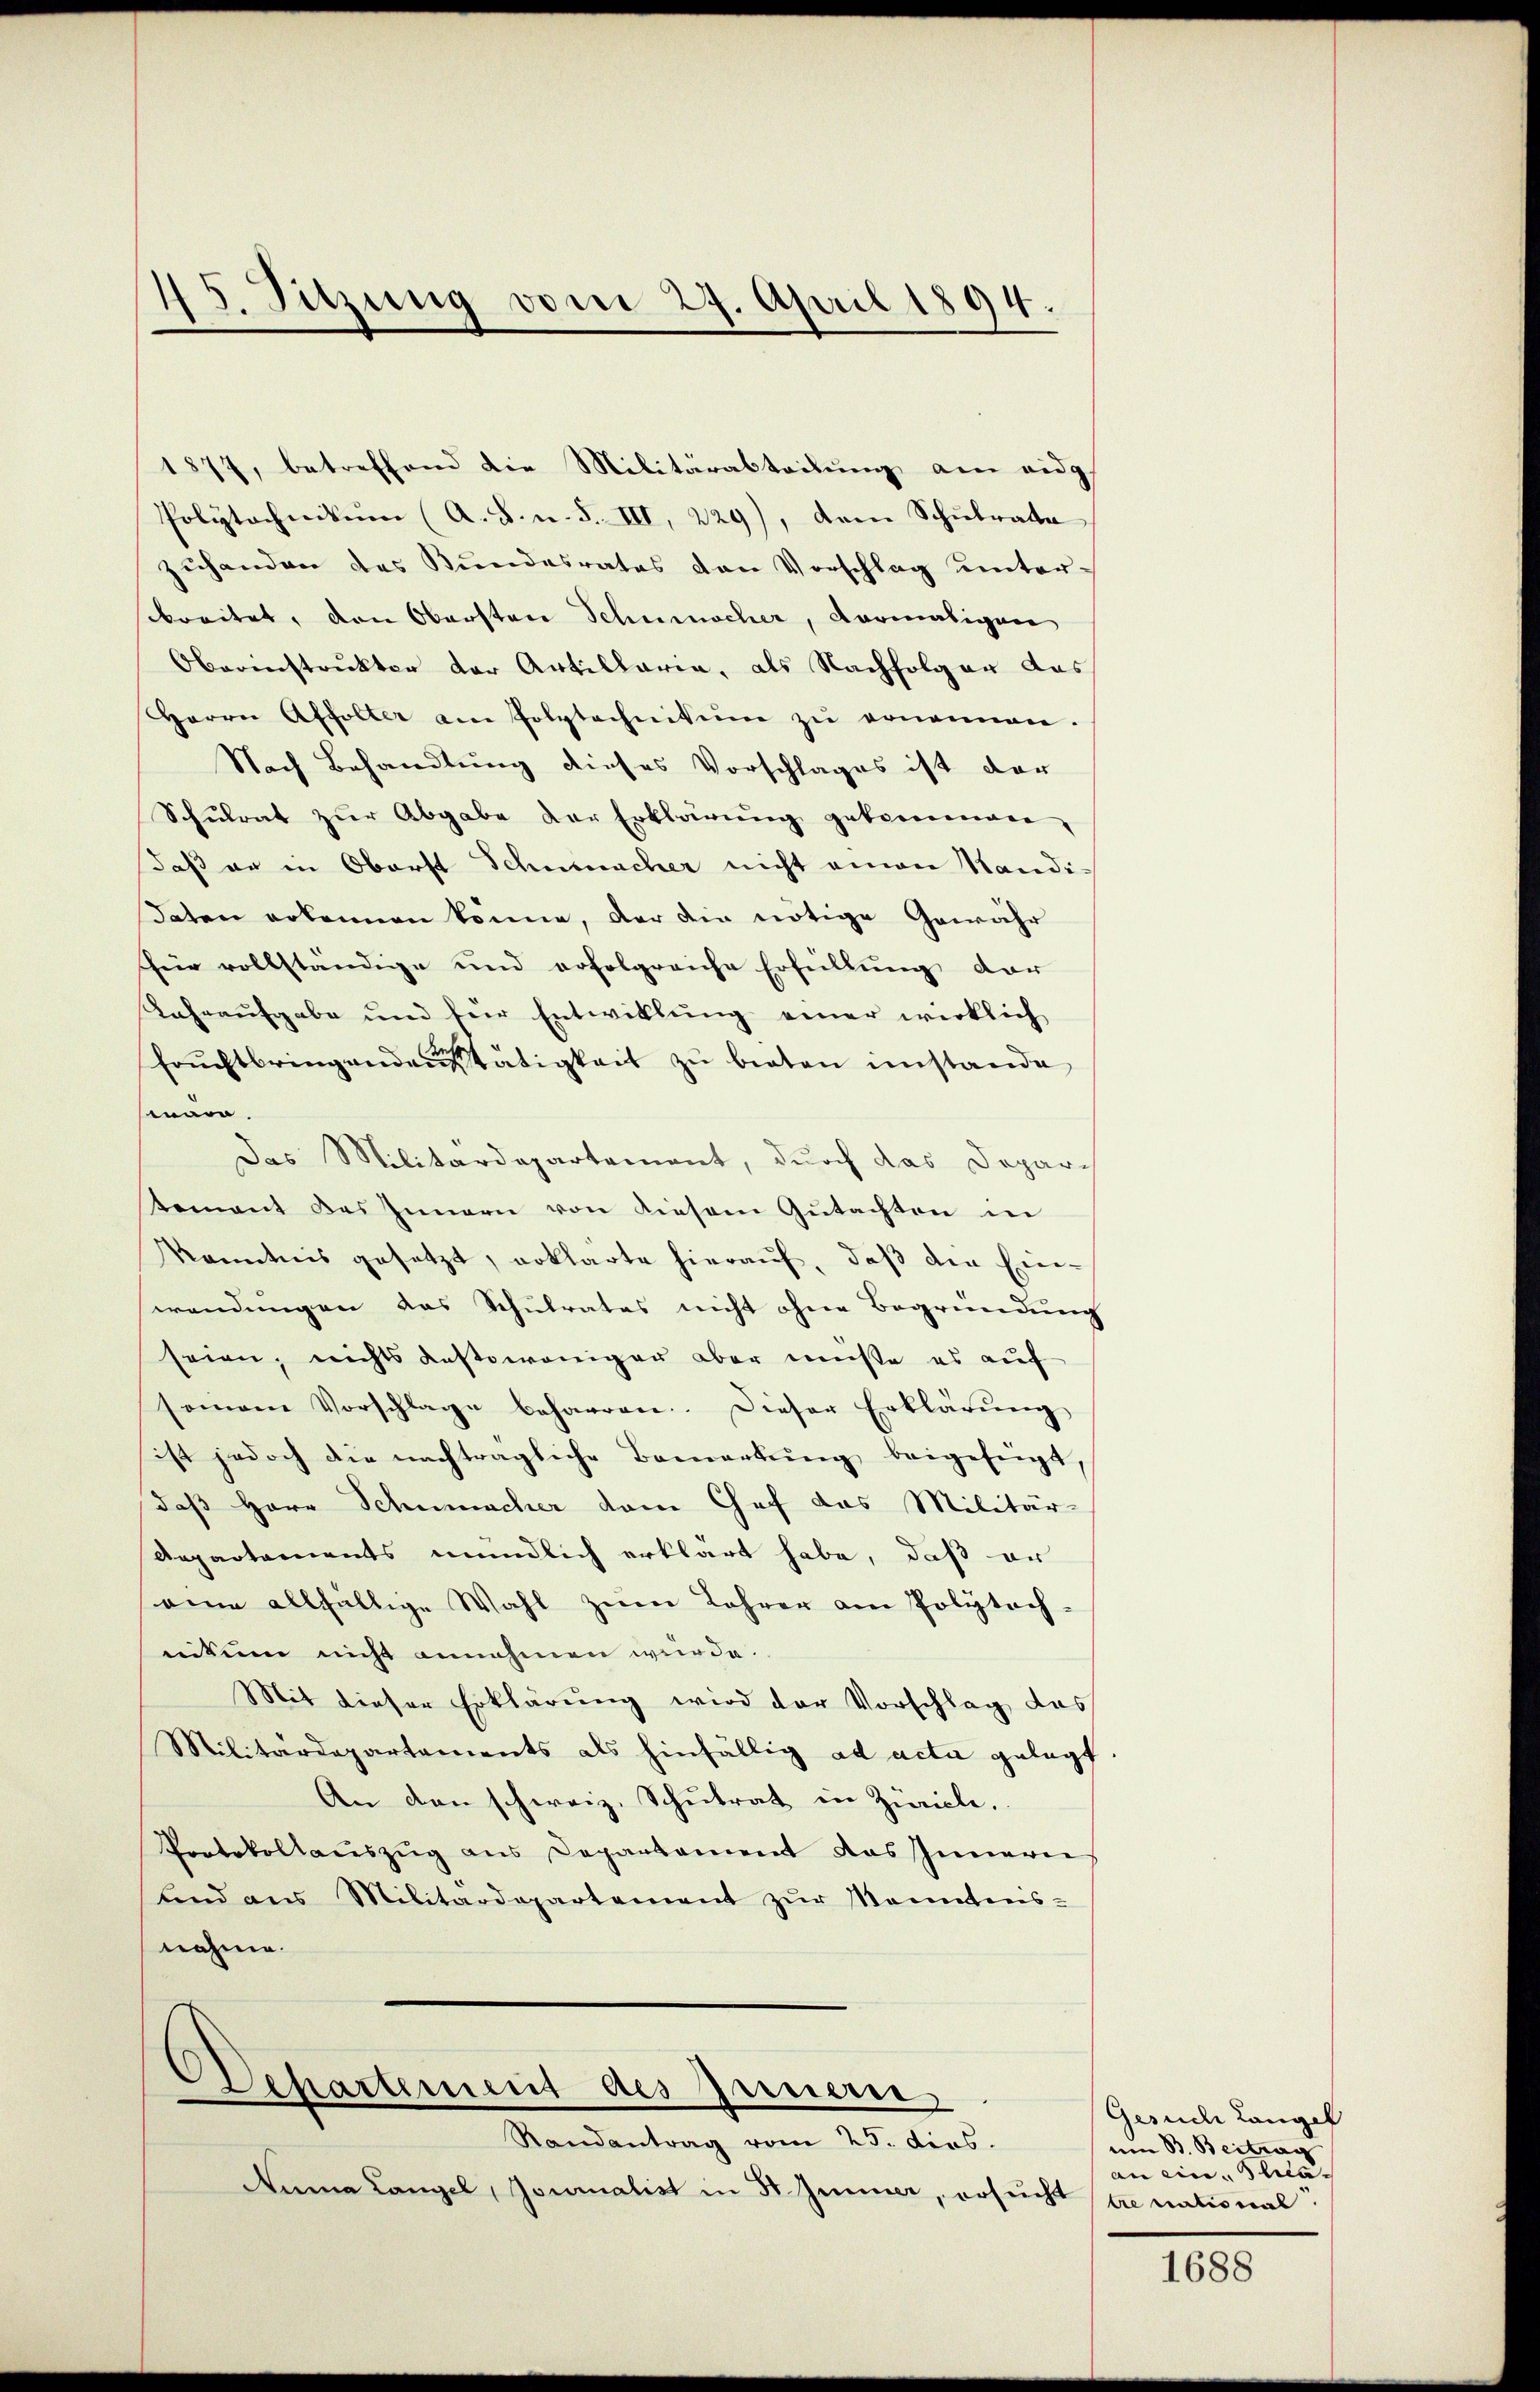
45. Sitzung vom 27. April 1894.

1877, betreffend die Militärabteilŭng am eidg
Polytechnikum (A. B. u. S. III, 229), dem Schulrate
zŭhanden des Bŭndesrates den Vorschlag unter-
sbreitet, von Obersten Schnischer, vormaligen
Oberenstrukter der Artillaria, als Nachfolger das
Herrn Affolter am Polytechnikum zŭ ernennen.
Nach Behandlung dieses Vorschlages ist der
Schŭlrat zŭr Abgabe der Erklärŭng gekommen,
daß er in Oberst Schumacher nicht einen Handi¬
Daten erkennen könne, der die nötige Gewähr
für vollständige und erfolgreiche Erfüllung dar
Kahraufgabe und für Entwillŭng einer wirklich
Fruchtbringenden Tätigkeit zu bieten imstande
mara.
Das Militärdepartement, durch das Depari
tement das Innern von diesem Gutachten in
kanntnis gesetzt, erklärte hierauf, daß die Ein-
wendungen das Schulrates nicht ohne Begründung
seien; nichts Kastoweniger aber müßte es auf
soman Vorschlage beharren. Dieser Erklärŭng
ist jedoch die nachträgliche Bemerkŭng beigefügt,
daß Herr Schumacher dem Chef das Militär-
Departements mündlich erklärt habe, daß er
eine allfällige Wahl zum Lehrer am Polytech-
nitum nicht annehmen wurde.
Mit dieser Erklärung wird der Vorschlag das
Militärdepartements als hinfällig ad acta gelegt
An den schweiz. Schulrat in Zürich.
Protokollauszug aus Departament das Innerei
und aus Militärdepartement zur Kenntnis-
nahme.

Dchartement des Innern,

Randantrag vom 25. dies.
Numa Langel, Journalist in St. Jenner, ersucht stre national

Gesuch Langel
um B. Beitrag
an ein Phila¬

1688